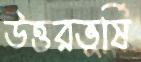
উত্তরভূর্ষি